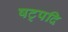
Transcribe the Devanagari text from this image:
षट्पदि